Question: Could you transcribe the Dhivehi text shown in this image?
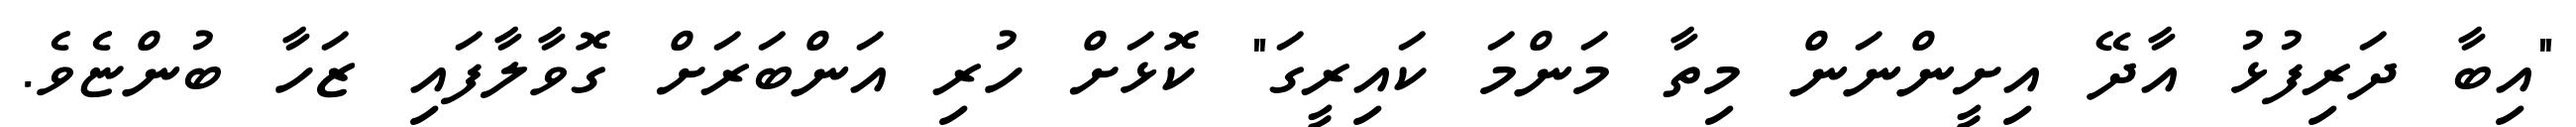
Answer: "އިބާ ދަރިފުޅު އާދޭ އިށީންނަން މިތާ މަންމަ ކައިރީގަ" ކޮޅަށް ހުރި އަންބަރަށް ގޮވާލާފައި ޒަހާ ބުންޏެވެ.